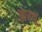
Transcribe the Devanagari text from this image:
आरथू